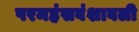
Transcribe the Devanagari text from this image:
परमहंसवंशावली